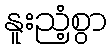
နူးညံ့စွာ